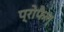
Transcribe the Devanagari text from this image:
प्रोफैल